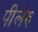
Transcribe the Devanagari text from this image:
पीलेरु